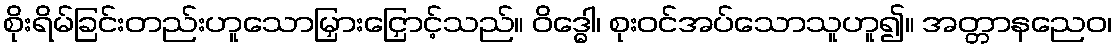
စိုးရိမ်ခြင်းတည်းဟူသောမြှားငြှောင့်သည်။ ဝိဒ္ဓေါ၊ စုးဝင်အပ်သောသူဟူ၍။ အတ္တာနညေဝ၊